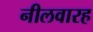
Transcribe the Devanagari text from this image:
नीलवारह